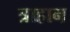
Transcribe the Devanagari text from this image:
त्राहान